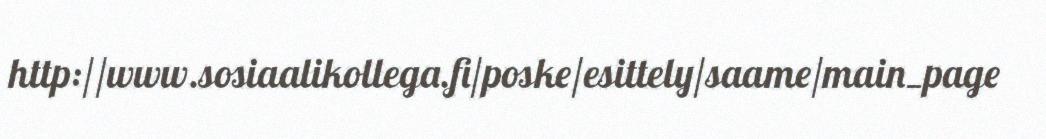
http://www.sosiaalikollega.fi/poske/esittely/saame/main_page